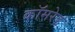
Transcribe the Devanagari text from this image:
काॅमरेड